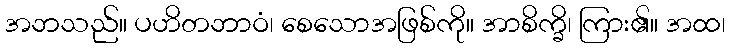
အဘသည်။ ပဟိတဘာဝံ၊ စေသောအဖြစ်ကို။ အာစိက္ခိ၊ ကြား၏။ အထ၊